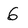
Character: 6